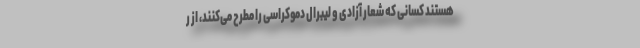
هستند کسانی که شعار آزادی و لیبرال دموکراسی را مطرح می‌کنند، از ر